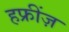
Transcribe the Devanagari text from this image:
हफ्रींज़